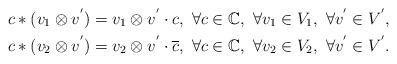
LaTeX: \begin{align*} c\ast (v_{1}\otimes v^{'})=v_{1}\otimes v^{'}\cdot c,~ \forall c\in \mathbb{C}, ~\forall v_{1}\in V_{1}, ~\forall v^{'}\in V^{'},\\ c\ast (v_{2}\otimes v^{'})=v_{2}\otimes v^{'}\cdot \overline{c},~ \forall c\in \mathbb{C}, ~\forall v_{2}\in V_{2}, ~\forall v^{'}\in V^{'}.\end{align*}